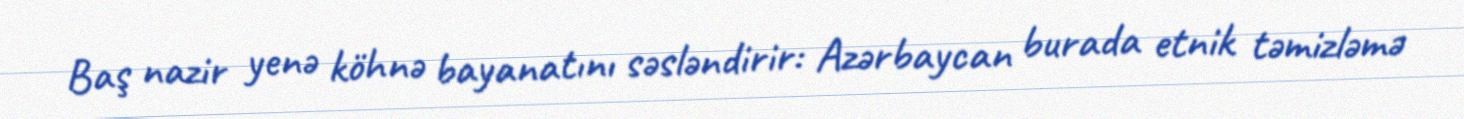
Baş nazir yenə köhnə bayanatını səsləndirir: Azərbaycan burada etnik təmizləmə